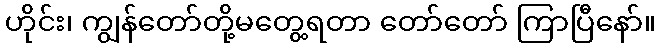
ဟိုင်း၊ ကျွန်တော်တို့မတွေ့ရတာ တော်တော် ကြာပြီနော်။